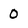
Character: 0